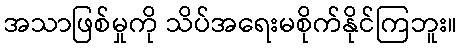
အသာဖြစ်မှုကို သိပ်အရေးမစိုက်နိုင်ကြဘူး။